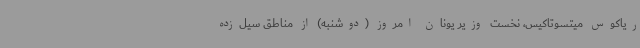
ریاکوس میتسوتاکیس، نخست وزیر یونان امروز (دوشنبه) از مناطق سیل‌زده